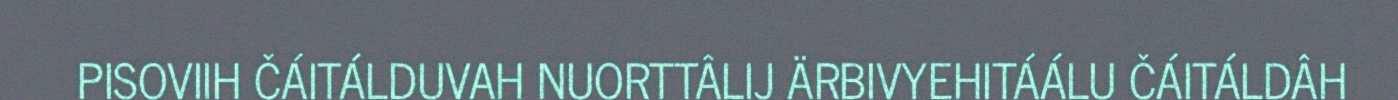
PISOVIIH ČÁITÁLDUVAH NUORTTÂLIJ ÄRBIVYEHITÁÁLU ČÁITÁLDÂH